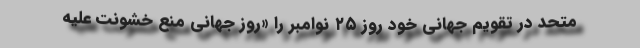
متحد در تقویم جهانی خود روز ۲۵ نوامبر را «روز جهانی منع خشونت علیه